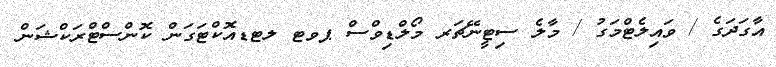
އާގަދަގެ / ވައިލެޓްމަގު / މާލެ ސިޓީނޭޗަރ މޯލްޑިވްސް ޕވޓ ލޓޑއޮކްޓަގަން ކޮންސްޓްރަކްޝަން